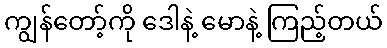
ကျွန်တော့်ကို ဒေါနဲ့ မောနဲ့ ကြည့်တယ်